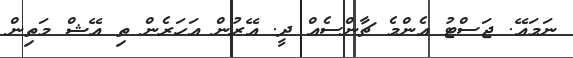
ނަމައޭ. ޖަސްޓު އެންމެ ޗާންސެއް ދީ. އޭރުން އަހަރެން ތި އޭޝް މަތިން